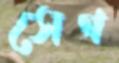
সেগ